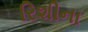
રિશીના